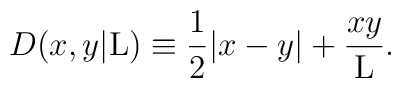
D(x,y|{\rm L}) \equiv \frac{1}{2} |x-y| + \frac{xy}{\rm L}.